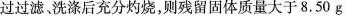
过过滤洗涤后充分灼烧，则残留固体质量大于8.50g